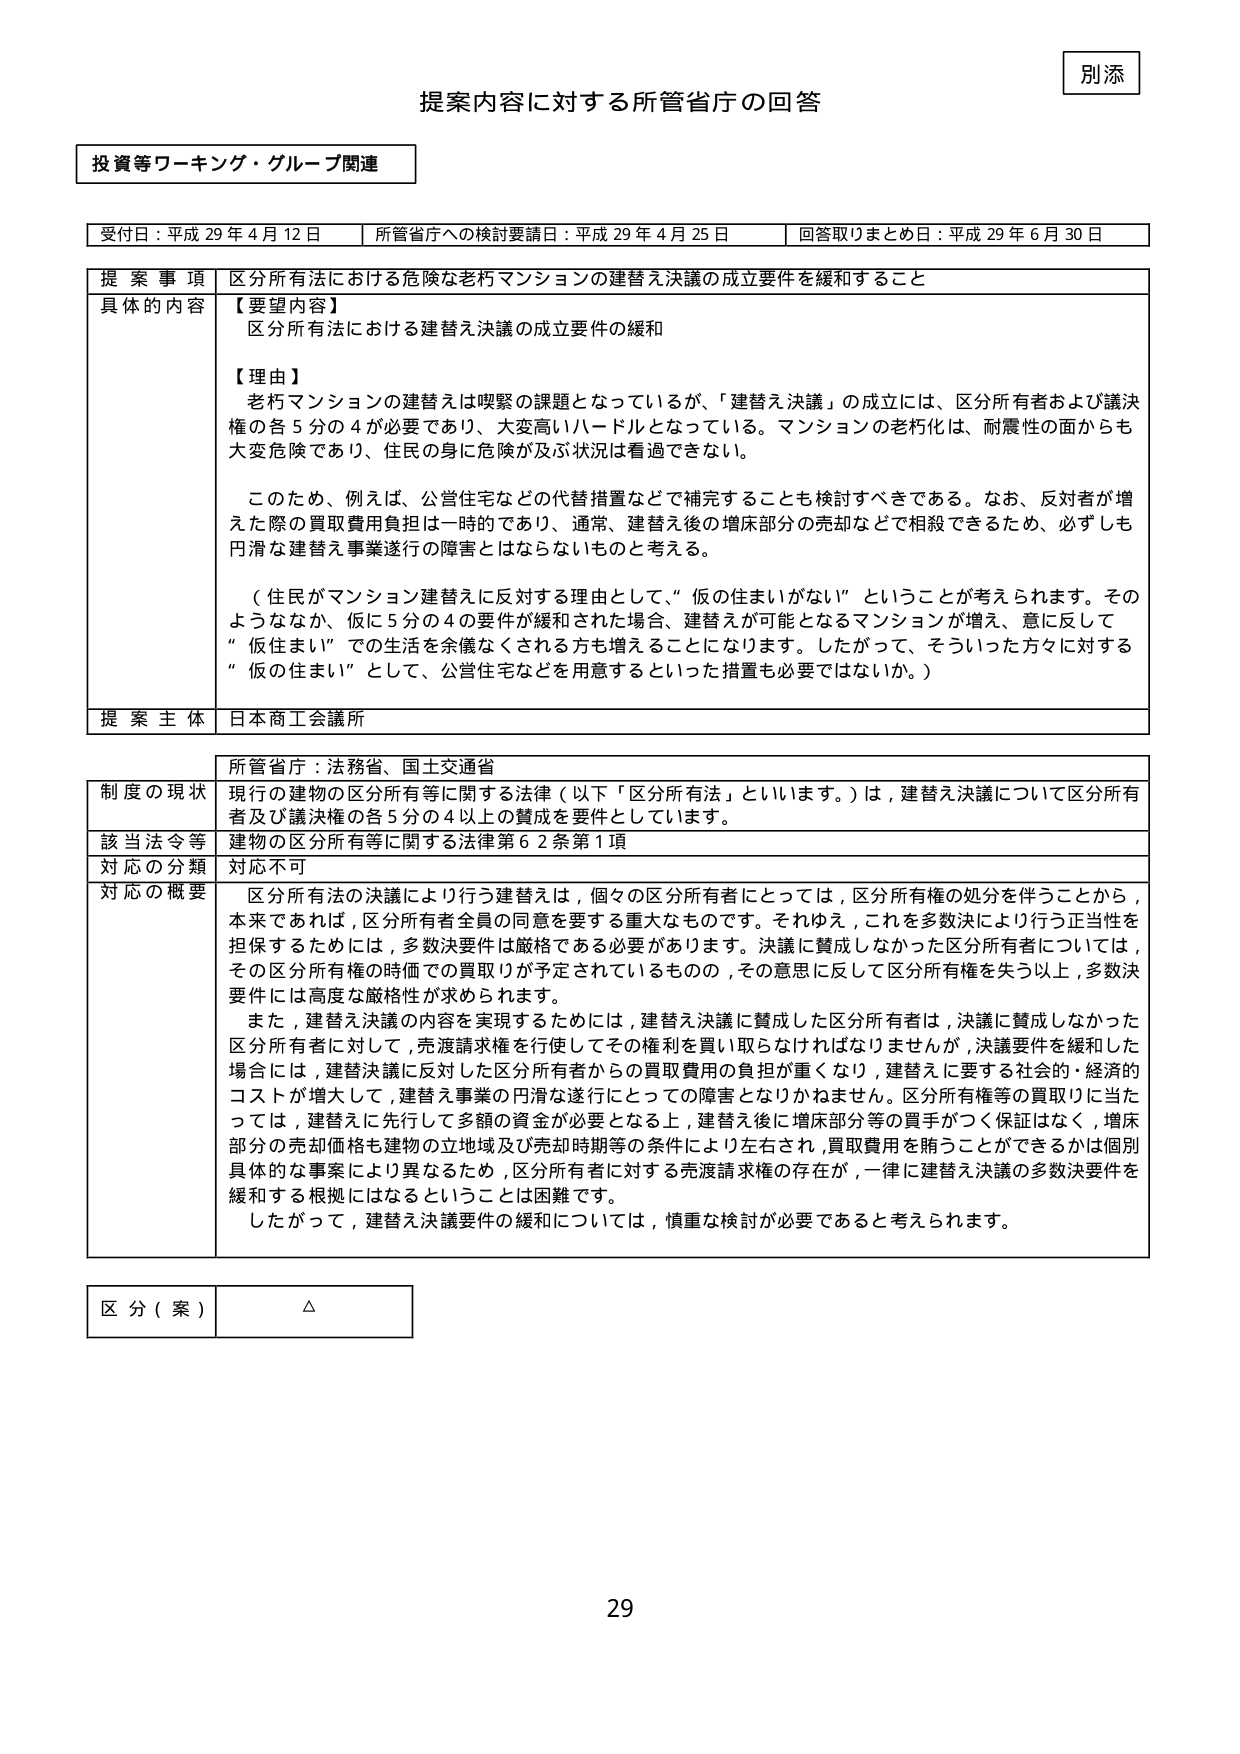
別添

提案内容に対する所管省庁の回答

投資等ワーキング・グループ関連

受付日：平成29年4月12日　　所管省庁への検討要請日：平成29年4月25日　　回答取りまとめ日：平成29年6月30日

提案事項　区分所有法における危険な老朽マンションの建替え決議の成立要件を緩和すること

具体的な内容　【要望内容】
区分所有法における建替え決議の成立要件の緩和

【理由】
老朽マンションの建替えは喫緊の課題となっているが、「建替え決議」の成立には、区分所有者および議決権の各5分の4が必要であり、大変高いハードルとなっている。マンションの老朽化は、耐震性の面からも大変危険であり、住民の身に危険が及ぶ状況は看過できない。

このため、例えば、公営住宅などの代替措置などで補完することも検討すべきである。なお、反対者が増えた際の買取費用負担は一時的であり、通常、建替え後の増床部分の売却などで相殺できるため、必ずしも円滑な建替え事業遂行の障害とはならないものと考える。

（住民がマンション建替えに反対する理由として、“仮の住まいがない”ということが考えられます。そのようななか、仮に5分の4の要件が緩和された場合、建替えが可能となるマンションが増え、意に反して“仮住まい”での生活を余儀なくされる方も増えることになります。したがって、そういった方々に対する“仮の住まい”として、公営住宅などを用意するといった措置も必要ではないか。）

提案主体　日本商工会議所

所管省庁：法務省、国土交通省

制度の現状　現行の建物の区分所有等に関する法律（以下「区分所有法」といいます。）は、建替え決議について区分所有者及び議決権の各5分の4以上の賛成を要件としています。

該当法令等　建物の区分所有等に関する法律第62条第1項

対応の分類　対応不可

対応の概要　区分所有法の決議により行う建替えは、個々の区分所有者にとっては、区分所有権の処分を伴うことから、本来であれば、区分所有者全員の同意を要する重大なものです。それゆえ、これを多数決により行う正当性を担保するためには、多数決要件は厳格である必要があります。決議に賛成しなかった区分所有者については、その区分所有権の時価での買取りが予定されているものの、その意思に反して区分所有権を失う以上、多数決要件には高度な厳格性が求められます。

また、建替え決議の内容を実現するためには、建替え決議に賛成した区分所有者は、決議に賛成しなかった区分所有者に対して、売渡請求権を行使してその権利を買い取らなければなりませんが、決議要件を緩和した場合には、建替決議に反対した区分所有者からの買取費用の負担が重くなり、建替えに要する社会的・経済的コストが増大して、建替え事業の円滑な遂行にとっての障害となりかねません。区分所有権等の買取りに当たっては、建替えに先行して多額の資金が必要となる上、建替え後に増床部分等の買手がつく保証はなく、増床部分の売却価格も建物の立地域及び売却時期等の条件により左右され、買取費用を賄うことができるかは個別具体的な事案により異なるため、区分所有者に対する売渡請求権の存在が、一律に建替え決議の多数決要件を緩和する根拠にはなるということは困難です。

したがって、建替え決議要件の緩和については、慎重な検討が必要であると考えられます。

区分（案）　△

29